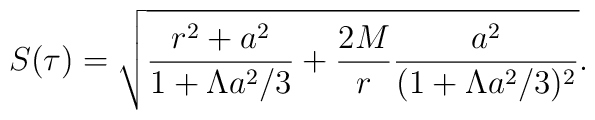
S(\tau)=\sqrt{\frac{r^2+a^2}{1+\Lambda a^2/3}+\frac{2M}{r}\frac{a^2}{(1+\Lambda a^2/3)^2}}.